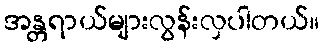
အန္တရာယ်များလွန်းလှပါတယ်။